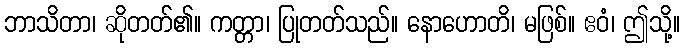
ဘာသိတာ၊ ဆိုတတ်၏။ ကတ္တာ၊ ပြုတတ်သည်။ နောဟောတိ၊ မဖြစ်။ ဧဝံ၊ ဤသို့။